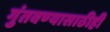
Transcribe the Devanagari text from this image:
गुंतवण्‍यासाठीही